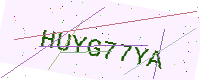
Text: HUYG77YA